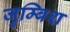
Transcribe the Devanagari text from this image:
जुम्बिश